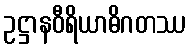
ဥဋ္ဌာနဝီရိယာဓိဂတဿ